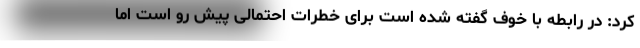
کرد: در رابطه با خوف گفته شده است برای خطرات احتمالی پیش رو است اما